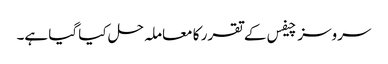
سروسز چیفس کے تقرر کا معاملہ حل کیا گیا ہے۔